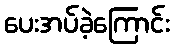
ပေးအပ်ခဲ့ကြောင်း